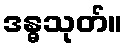
ဒန္ဓသုတ်။